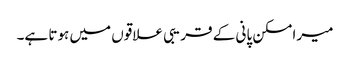
میرا مسکن پانی کے قریبی علاقوں میں ہوتا ہے۔